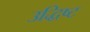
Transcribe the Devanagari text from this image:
उद्धिष्ट